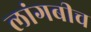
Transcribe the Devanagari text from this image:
लांगबीच